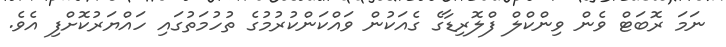
ނަމަ ރޮބަޓް ވެން ވިންކްލް ފްލޮރިޑާގެ ގެއަކުން ވައްކަންކުރުމުގެ ތުހުމަތުގައި ހައްޔަރުކޮށްފި އެވެ.